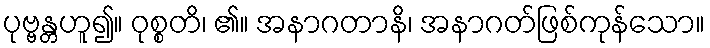
ပုဗ္ဗန္တဟူ၍။ ဝုစ္စတိ၊ ၏။ အနာဂတာနိ၊ အနာဂတ်ဖြစ်ကုန်သော။